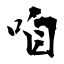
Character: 咱